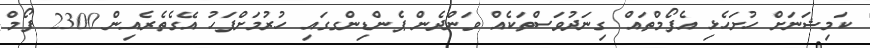
ކަމިޝަނަށް ހުށަހެޅި އެފޯމްތައް ގިނަދުވަސްތަކެއް ވަންދެން ޕެންޑިންގގައި ހުރުމަށްފަހު އޭގެތެރެއިން 2300 ފޯމް